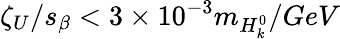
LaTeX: \zeta_{U}/s_{\beta}<3\times 10^{-3}m_{H_{k}^{0}}/GeV